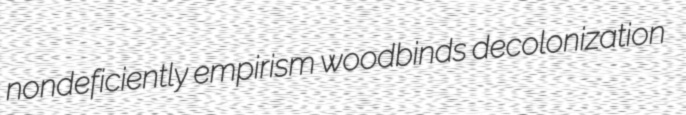
nondeficiently empirism woodbinds decolonization